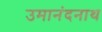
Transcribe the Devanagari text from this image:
उमानंदनाथ